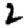
Digit: 2